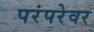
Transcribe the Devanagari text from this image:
परंपरेवर